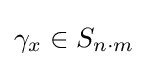
\gamma _{x}\in S_{n\cdot m}